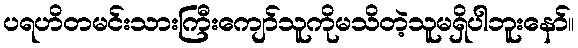
ပရဟိတမင်းသားကြီးကျော်သူကိုမသိတဲ့သူမရှိပါဘူးနော်။